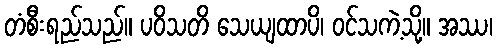
တံစီးရည်သည်။ ပဝိသတိ သေယျထာပိ၊ ဝင်သကဲ့သို့။ အဿ၊